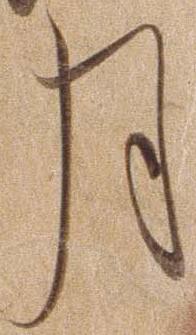
月